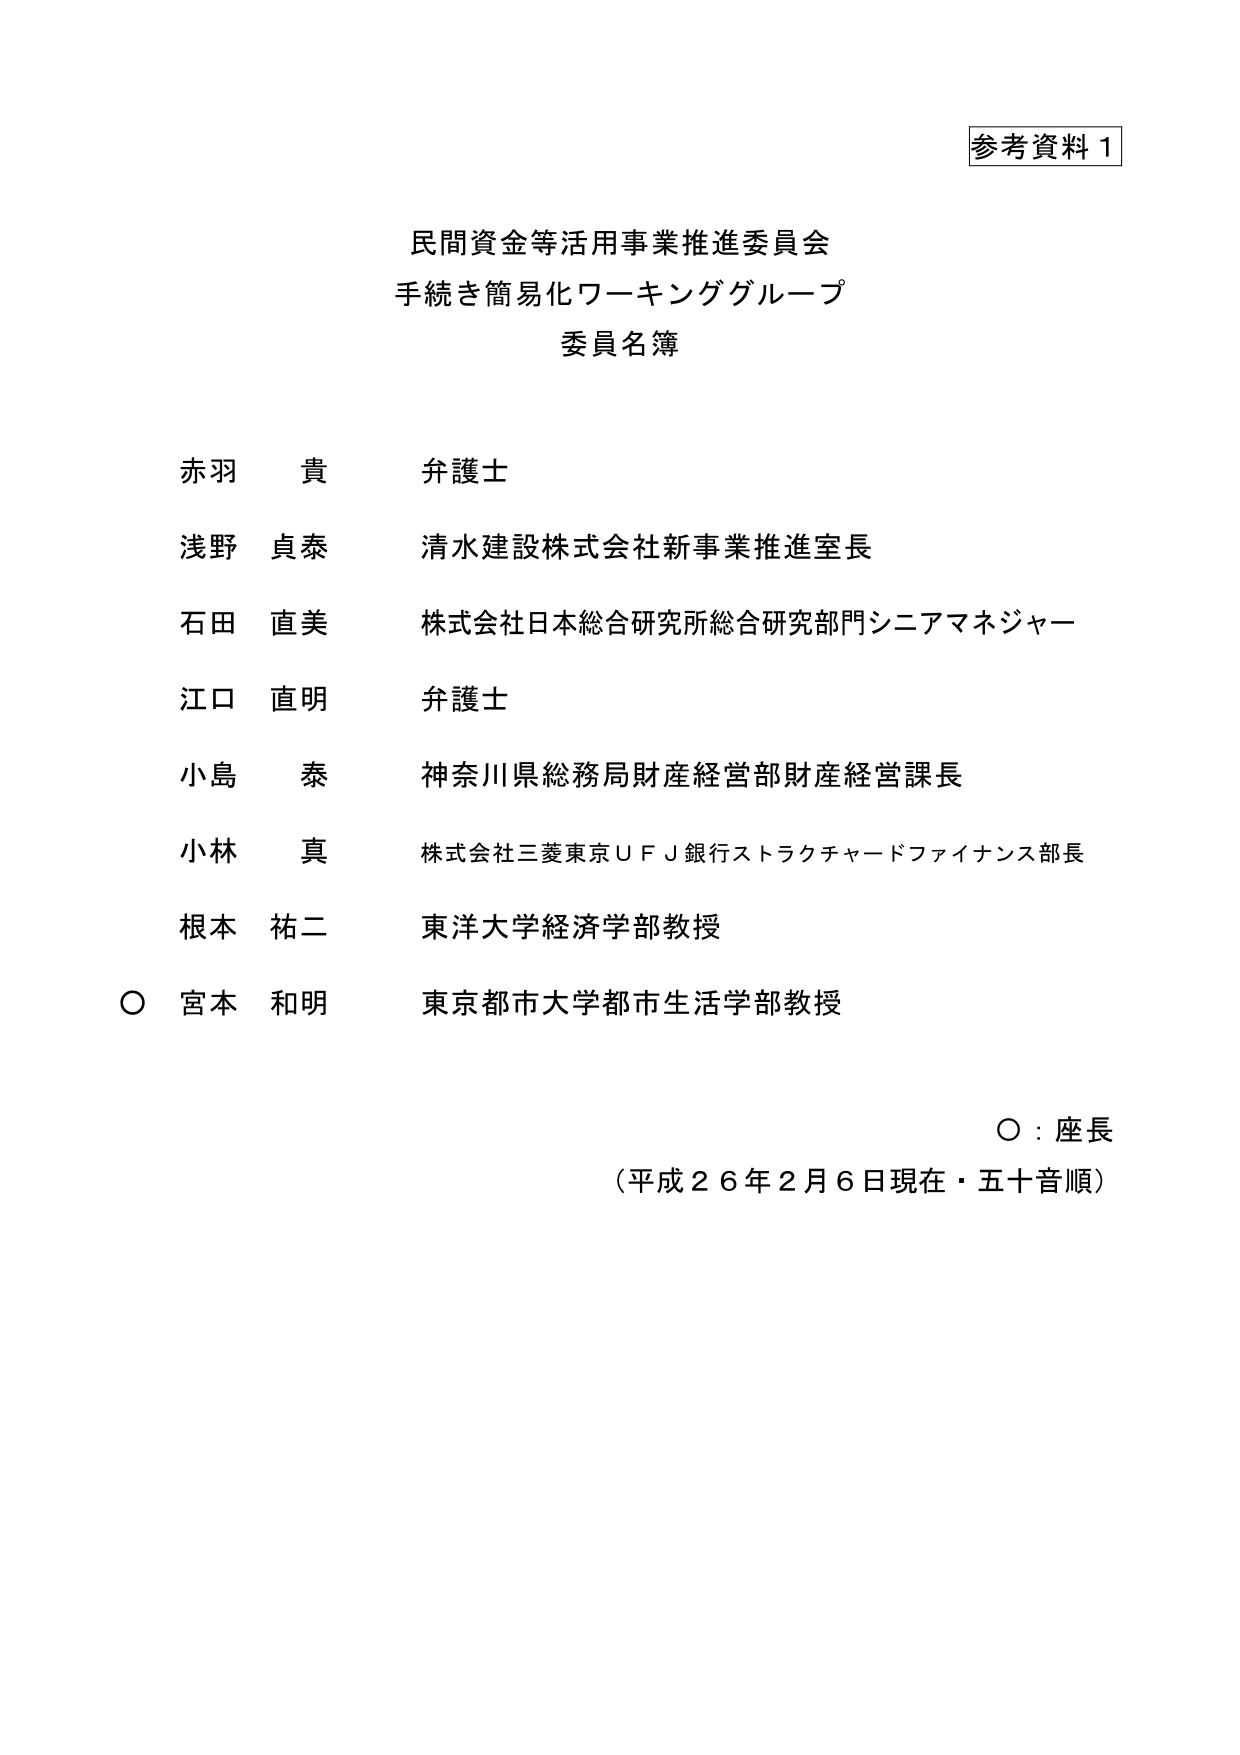
参考資料１

民間資金等活用事業推進委員会
手続き簡易化ワーキンググループ
委員名簿

赤羽　貴　弁護士
浅野　貞泰　清水建設株式会社新事業推進室長
石田　直美　株式会社日本総合研究所総合研究部門シニアマネジャー
江口　直明　弁護士
小島　泰　神奈川県総務局財産経営部財産経営課長
小林　真　株式会社三菱東京ＵＦＪ銀行ストラクチャードファイナンス部長
根本　祐二　東洋大学経済学部教授
○　宮本　和明　東京都市大学都市生活学部教授

○：座長
（平成２６年２月６日現在・五十音順）